General report no. 6 on the lunatic asylums, vaccination and dispensaries in the Bengal Presidency, 1873 -
Year: 1873
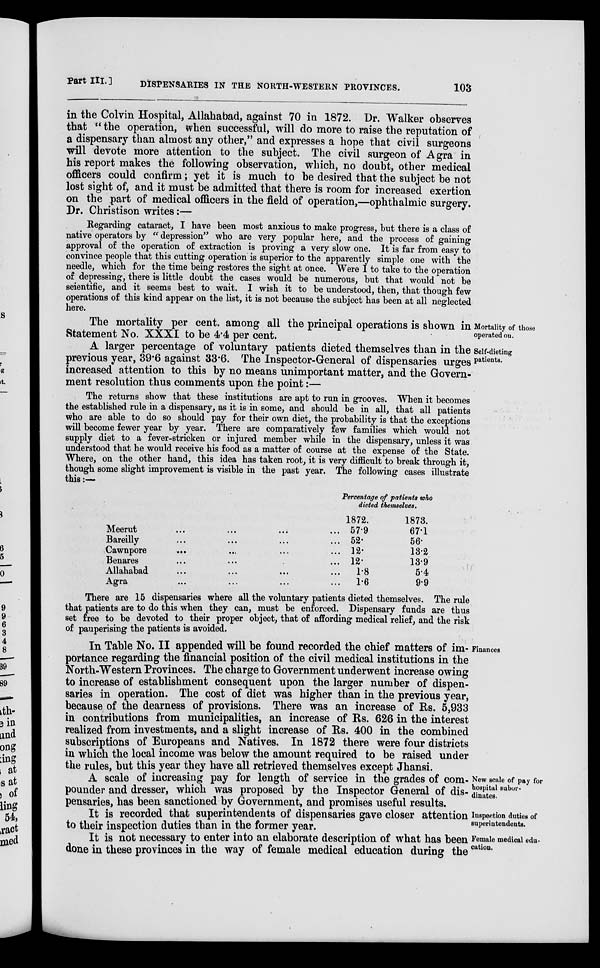
Part III.]
DISPENSARIES IN THE NORTH-WESTERN PROVINCES.
103
in the Colvin Hospital, Allahabad, against 70 in 1872. Dr. Walker observes
that " the operation, when successful, will do more to raise the reputation of
a dispensary than almost any other," and expresses a hope that civil surgeons
will devote more attention to the subject. The civil surgeon of Agra in
his report makes the following observation, which, no doubt, other medical
officers could confirm; yet it is much to be desired that the subject be not
lost sight of, and it must be admitted that there is room for increased exertion
on the part of medical officers in the field of operation,—ophthalmic surgery.
Dr. Christison writes:—
Regarding cataract, I have been most anxious to make progress, but there is a class of
native operators by " depression" who are very popular here, and the process of gaining
approval of the operation of extraction is proving a very slow one. It is far from easy to
convince people that this cutting operation is superior to the apparently simple one with the
needle, which for the time being restores the sight at once. Were I to take to the operation
of depressing, there is little doubt the cases would be numerous, but that would not be
scientific, and it seems best to wait. I wish it to be understood, then, that though few
operations of this kind appear on the list, it is not because the subject has been at all neglected
here.
Mortality of those
operated on.
The mortality per cent, among all the principal operations is shown in
Statement No. XXXI to be 4.4 per cent.
Self-dieting
patients.
A larger percentage of voluntary patients dieted themselves than in the
previous year, 39.6 against 33.6. The Inspector-General of dispensaries urges
increased attention to this by no means unimportant matter, and the Govern-
ment resolution thus comments upon the point:—
The returns show that these institutions are apt to run in grooves. When it becomes
the established rule in a dispensary, as it is in some, and should be in all, that all patients
who are able to do so should pay for their own diet, the probability is that the exceptions
will become fewer year by year. There are comparatively few families which would not
supply diet to a fever-stricken or injured member while in the dispensary, unless it was
understood that he would receive his food as a matter of course at the expense of the State.
Where, on the other hand, this idea has taken root, it is very difficult to break through it,
though some slight improvement is visible in the past year. The following cases illustrate
this:—
Percentage of patients who
dieted themselves.
Meerut ... ... ... ...
Bareilly ... ... ... ...
Cawnpore ... ... ... ...
Benares ... ... ... ...
Allahabad ... ... ... ...
Agra ... ... ... ...
1872.
57.9
52.
12.
12.
1.8
1.6
1873.
67.1
56.
13.2
13.9
5.4
9.9
There are 15 dispensaries where all the voluntary patients dieted themselves. The rule
that patients are to do this when they can, must be enforced. Dispensary funds are thus
set free to be devoted to their proper object, that of affording medical relief, and the risk
of pauperising the patients is avoided.
Finances
In Table No. II appended will be found recorded the chief matters of im-
portance regarding the financial position of the civil medical institutions in the
North-Western Provinces. The charge to Government underwent increase owing
to increase of establishment consequent upon the larger number of dispen-
saries in operation. The cost of diet was higher than in the previous year,
because of the dearness of provisions. There was an increase of Rs. 5,933
in contributions from municipalities, an increase of Rs. 626 in the interest
realized from investments, and a slight increase of Rs. 400 in the combined
subscriptions of Europeans and Natives. In 1872 there were four districts
in which the local income was below the amount required to be raised under
the rules, but this year they have all retrieved themselves except Jhansi.
New scale of pay for
hospital subor-
dinates.
Iuspention duties of
superintendents.
Female medical edu-
cation.
A scale of increasing pay for length of service in the grades of com-
pounder and dresser, which was proposed by the Inspector General of dis-
pensaries, has been sanctioned by Government, and promises useful results.
It is recorded that superintendents of dispensaries gave closer attention
to their inspection duties than in the former year.
It is not necessary to enter into an elaborate description of what has been
done in these provinces in the way of female medical education during the